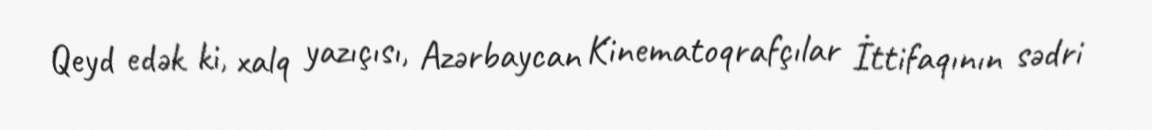
Qeyd edək ki, xalq yazıçısı, Azərbaycan Kinematoqrafçılar İttifaqının sədri